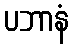
ပဘာနံ